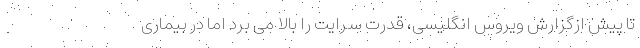
تا پیش ازگزارش ویروس انگلیسی، قدرت سرایت را بالا می برد اما در بیماری